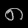
Digit: ၈